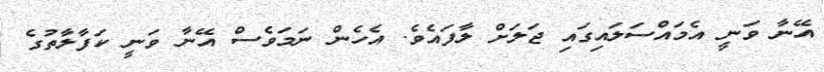
އޭނާ ވަނީ އެމައްސަލައިގައި ޖަލަށް ލާފައެވެ. އެހެން ނަމަވެސް އޭނާ ވަނީ ކަފާލާތުގެ